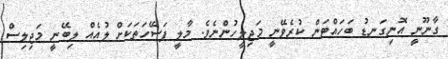
ގާނޫނީ އޮނިގަނޑު ބަހައްޓަން ކުރެވޭނީ މަޖިލީހުންނެވެ. މާލީ ފަސޭހަތަކަށް ލުއެއް ލިބޭނީ މަޖިލިސް